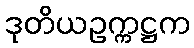
ဒုတိယဥက္ကဋ္ဌက